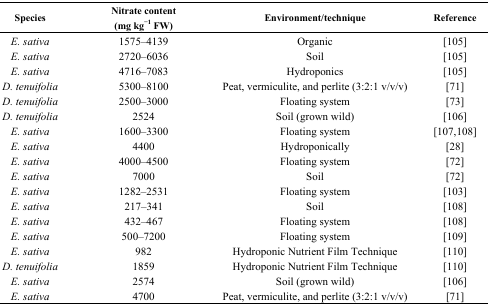
| Species | Nitrate content (mg kg−1 FW) | Environment/technique | Reference |
 | --- | --- | --- | --- |
 | E. sativa | 1575–4139 | Organic | [105] |
 | E. sativa | 2720–6036 | Soil | [105] |
 | E. sativa | 4716–7083 | Hydroponics | [105] |
 | D. tenuifolia | 5300–8100 | Peat, vermiculite, and perlite (3:2:1 v/v/v) | [71] |
 | D. tenuifolia | 2500–3000 | Floating system | [73] |
 | D. tenuifolia | 2524 | Soil (grown wild) | [106] |
 | E. sativa | 1600–3300 | Floating system | [107,108] |
 | E. sativa | 4400 | Hydroponically | [28] |
 | E. sativa | 4000–4500 | Floating system | [72] |
 | E. sativa | 7000 | Soil | [72] |
 | E. sativa | 1282–2531 | Floating system | [103] |
 | E. sativa | 217–341 | Soil | [108] |
 | E. sativa | 432–467 | Floating system | [108] |
 | E. sativa | 500–7200 | Floating system | [109] |
 | E. sativa | 982 | Hydroponic Nutrient Film Technique | [110] |
 | D. tenuifolia | 1859 | Hydroponic Nutrient Film Technique | [110] |
 | E. sativa | 2574 | Soil (grown wild) | [106] |
 | E. sativa | 4700 | Peat, vermiculite, and perlite (3:2:1 v/v/v) | [71] |